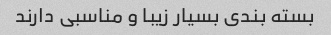
بسته بندی بسیار زیبا و مناسبی دارند